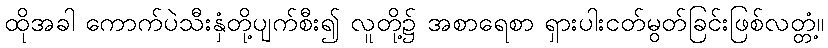
ထိုအခါ ကောက်ပဲသီးနှံတို့ပျက်စီး၍ လူတို့၌ အစာရေစာ ရှားပါးငတ်မွတ်ခြင်းဖြစ်လတ္တံ့။